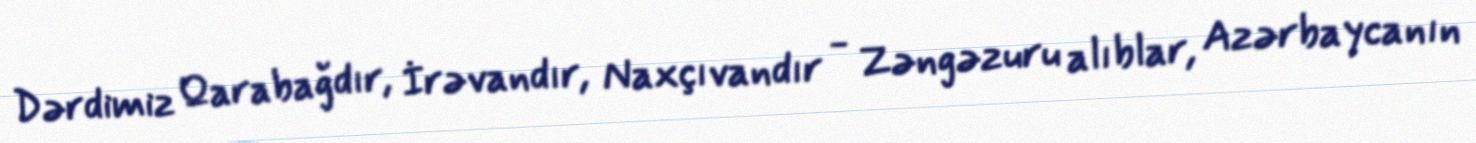
Dərdimiz Qarabağdır, İrəvandır, Naxçıvandır - Zəngəzuru alıblar, Azərbaycanın